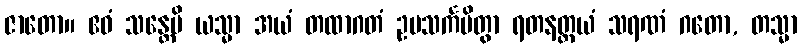
ဇာတော။ ဧဝံ သန္တေပိ ယသ္မာ အယံ တထာဂတံ ဥပသင်္ကမိတွာ ရတနတ္တယံ သရဏံ ဂတော, တသ္မာ